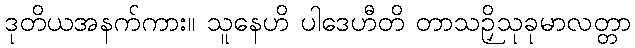
ဒုတိယအနက်ကား။ သူနေဟိ ပါဒေဟီတိ တာသဉှိသုခုမာလတ္တာ